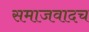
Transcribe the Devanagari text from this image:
समाजवादच